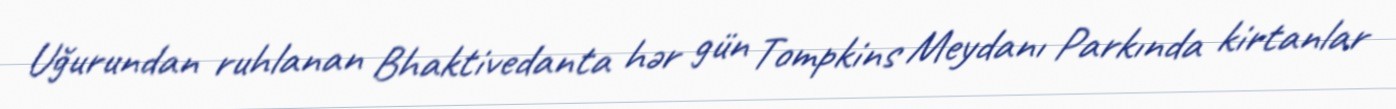
Uğurundan ruhlanan Bhaktivedanta hər gün Tompkins Meydanı Parkında kirtanlar